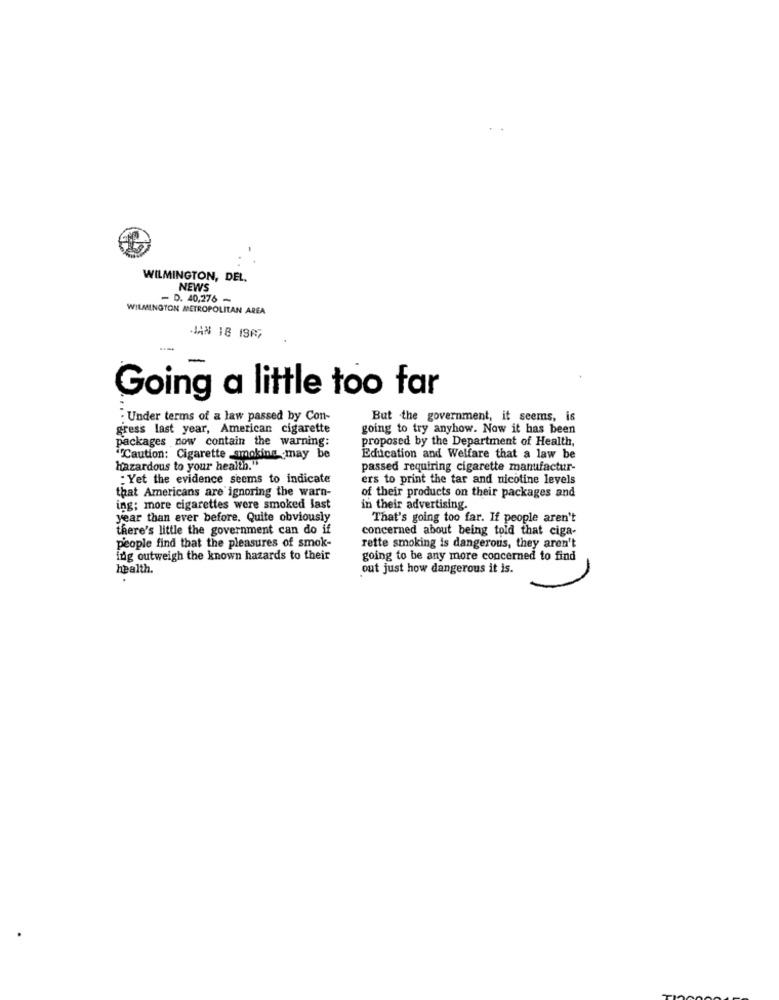
WILMINGTON, DEL.
NEWS
- D. 40,276~
WILMINGTON METROPOLITAN AREA
JAN 18 1967
Going a little too far
"Under terms of a law passed by Con-
But the government, it seems, is
gress last year, American cigarette
going to try anyhow. Now it has been
proposed by the Department of Health,
packages now contain the warning:
"Caution: Cigarette smoking may be
Education and Welfare that a law be
Hazardous to your health."
passed requiring cigarette manufactur-
: Yet the evidence seems to indicate
ers to print the tar and nicotine levels
that Americans are ignoring the warn-
of their products on their packages and
ing; more cigarettes were smoked last
in their advertising.
year than ever before. Quite obviously
That's going too far. If people aren't
there's little the government can do if
concerned about being told that ciga-
people find that the pleasures of smok-
rette smoking is dangerous, they aren't
ing outweigh the known hazards to their
going to be any more concerned to find
health.
out just how dangerous it is.